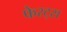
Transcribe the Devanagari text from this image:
फेरट्स